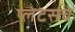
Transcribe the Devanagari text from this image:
प्लेटसचे